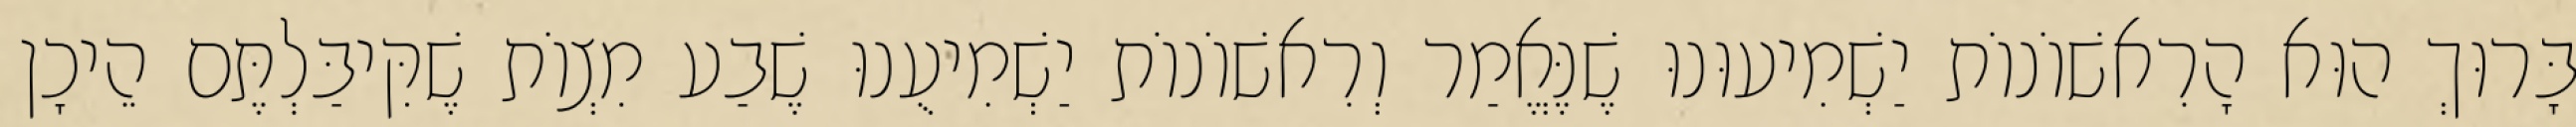
בָּרוּךְ הוּא הָרִאשׁוֹנוֹת יַשְׁמִיעוּנוּ שֶׁנֶּאֱמַר וְרִאשׁוֹנוֹת יַשְׁמִיעֻנוּ שֶׁבַע מִצְוֹת שֶׁקִּיבַּלְתֶּם הֵיכָן